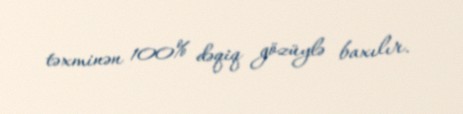
təxminən 100% dəqiq gözüylə baxılır.